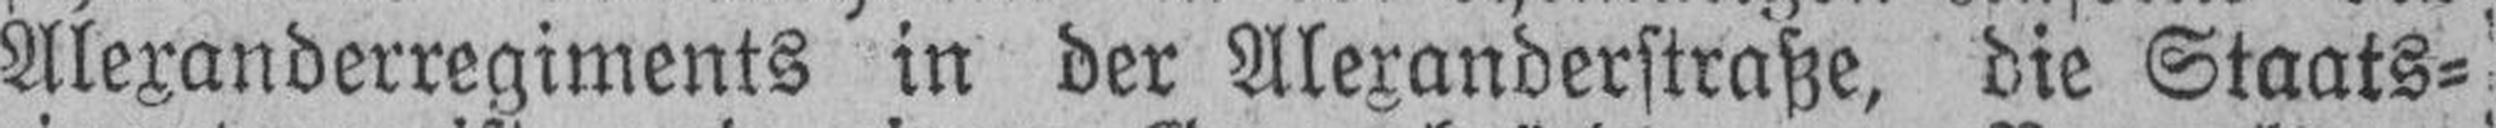
Alexanderregiments in der Alexanderstraße, die Staats¬